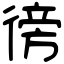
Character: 徬